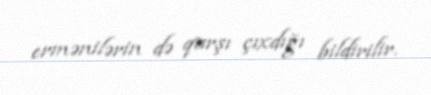
ermənilərin də qarşı çıxdığı bildirilir.